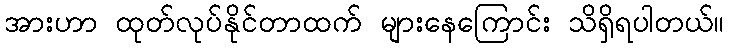
အားဟာ ထုတ်လုပ်နိုင်တာထက် များနေကြောင်း သိရှိရပါတယ်။